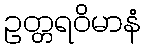
ဥတ္တရဝိမာနံ